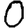
Digit: 0